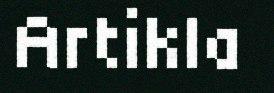
Artikla